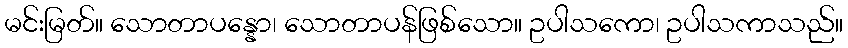
မင်းမြတ်။ သောတာပန္နော၊ သောတာပန်ဖြစ်သော။ ဥပါသကော၊ ဥပါသကာသည်။